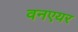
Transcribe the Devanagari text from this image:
वनएयर